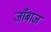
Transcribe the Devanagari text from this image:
जाँबाज